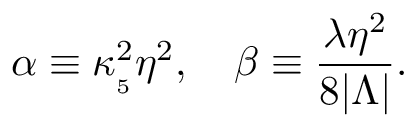
\alpha \equiv \kappa _ { _ 5 } ^ { 2 } \eta ^ { 2 } , \ \ \ \beta \equiv \frac { \lambda \eta ^ { 2 } } { 8 | \Lambda | } .